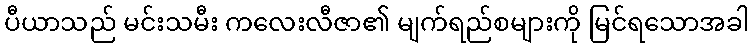
ပီယာသည် မင်းသမီး ကလေးလီဇာ၏ မျက်ရည်စများကို မြင်ရသောအခါ